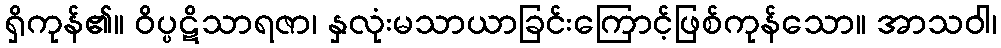
ရှိကုန်၏။ ဝိပ္ပဋိသာရဇာ၊ နှလုံးမသာယာခြင်းကြောင့်ဖြစ်ကုန်သော။ အာသဝါ၊